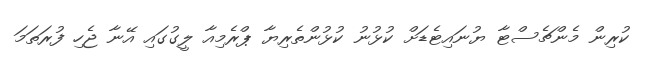
ކުރިން މެންޗެސްޓާ ޔުނައިޓެޑަށް ކުޅުނު ކުޅުންތެރިޔާ ޕްރެމިއާ ލީގުގައި އޭނާ ޖެހި ފުރަތަމަ